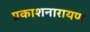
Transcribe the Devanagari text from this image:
प्रकाशनारायण